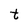
Character: t